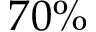
7 0 \%